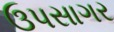
ઉપસાગર